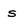
Character: s